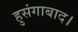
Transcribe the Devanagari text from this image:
हुसंगाबाद।